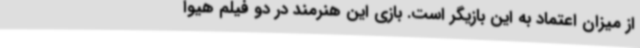
از میزان اعتماد به این بازیگر است. بازی این هنرمند در دو فیلم هیوا